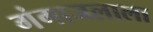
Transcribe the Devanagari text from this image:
गंगाजलाला